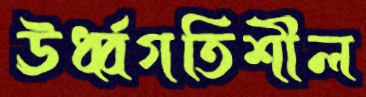
ঊর্ধ্বগতিশীল